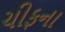
ચીફના